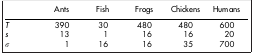
<table><thead><tr><td><b> </b></td><td><b>Ants</b></td><td><b>Fish</b></td><td><b>Frogs</b></td><td><b>Chickens</b></td><td><b>Humans</b></td></tr></thead><tbody><tr><td><i>T</i></td><td>390</td><td>30</td><td>480</td><td>480</td><td>600</td></tr><tr><td><i>s</i></td><td>13</td><td>1</td><td>16</td><td>16</td><td>20</td></tr><tr><td><i>σ</i></td><td>1</td><td>16</td><td>16</td><td>35</td><td>700</td></tr></tbody></table>